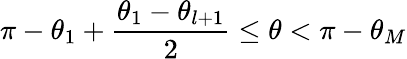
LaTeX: \pi-\theta_{1}+\frac{\theta_{1}-\theta_{l+1}}{2}\le\theta<\pi-\theta_{M}